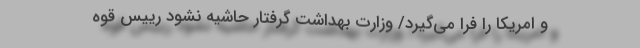
و امریکا را فرا می‌گیرد/ وزارت بهداشت گرفتار حاشیه‌ نشود رییس قوه